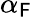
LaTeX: \alpha_{\mathsf{F}}